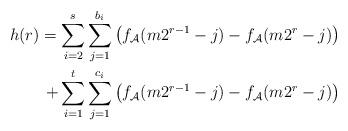
LaTeX: \begin{align*}h(r)=\sum_{i=2}^s\sum_{j=1}^{b_i} \left(f_{\mathcal{A}}(m2^{r-1}-j)-f_\mathcal{A}(m2^r-j)\right)\\ +\sum_{i=1}^t\sum_{j=1}^{c_i} \left(f_{\mathcal{A}}(m2^{r-1}-j)-f_{\mathcal{A}}(m2^r-j)\right)\end{align*}